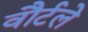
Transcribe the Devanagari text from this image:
वौर्टले